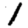
Digit: 1